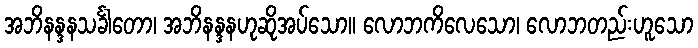
အဘိနန္ဒနသင်္ခါတော၊ အဘိနန္ဒနဟုဆိုအပ်သော။ လောဘကိလေသော၊ လောဘတည်းဟူသော